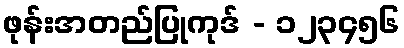
ဖုန်းအတည်ပြုကုဒ် - ၁၂၃၄၅၆